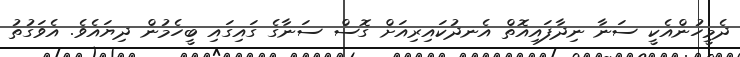
ދެމީހުންއެކީ ސަނާ ނިދާފައިއޮތް އެނދުކައިރިއަށް ގޮސް ސަނާގެ ގައިގައި ބީހެމުން ދިޔައެވެ. އެވަގުތު